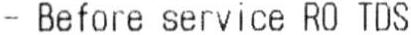
- BEFORE SERVICE RO TDS